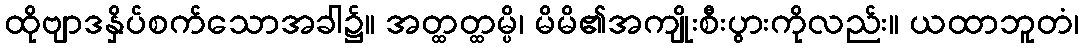
ထိုဗျာဒနှိပ်စက်သောအခါ၌။ အတ္ထတ္ထမ္ပိ၊ မိမိ၏အကျိုးစီးပွားကိုလည်း။ ယထာဘူတံ၊